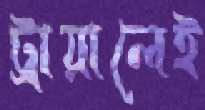
ট্রায়ালেই